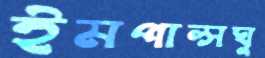
ইমপাল্সঘু